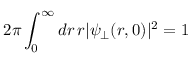
2 \pi \int _ { 0 } ^ { \infty } d r \, r | \psi _ { \perp } ( r , 0 ) | ^ { 2 } = 1